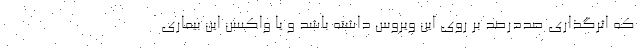
که اثرگذاری صددرصد بر روی این ویروس داشته باشد و یا واکسن این بیماری